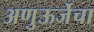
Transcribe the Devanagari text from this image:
अणुऊर्जेचा